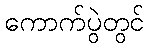
ကောက်ပွဲတွင်